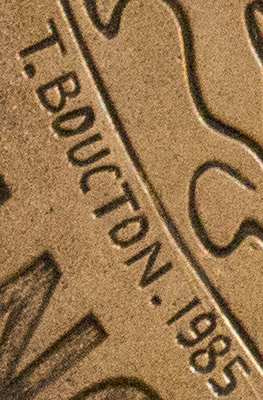
T.BOUCTON. 1985